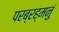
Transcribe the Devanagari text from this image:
परब्रह्मनुं